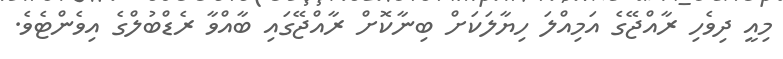
މިއީ ދިވެހި ރާއްޖޭގެ އަމިއްލަ ހިޔާލަކަށް ބިނާކޮށް ރާއްޖޭގައި ބާއްވާ ރެޑްބުލްގެ އިވެންޓެވެ.